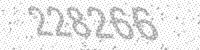
Solution: 228266